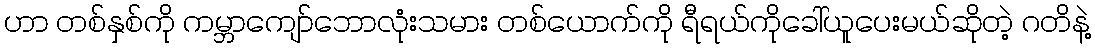
ဟာ တစ်နှစ်ကို ကမ္ဘာကျော်ဘောလုံးသမား တစ်ယောက်ကို ရီရယ်ကိုခေါ်ယူပေးမယ်ဆိုတဲ့ ဂတိနဲ့